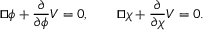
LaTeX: { \sqcup \! \! \! \! \sqcap } \phi + \frac { \partial } { \partial \phi } V = 0 , \qquad { \sqcup \! \! \! \! \sqcap } \chi + \frac { \partial } { \partial \chi } V = 0 .